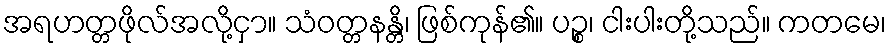
အရဟတ္တဖိုလ်အလို့ငှာ။ သံဝတ္တနန္တိ၊ ဖြစ်ကုန်၏။ ပဉ္စ၊ ငါးပါးတို့သည်။ ကတမေ၊